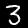
Label: 3